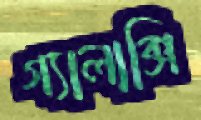
গ্যালাক্সি